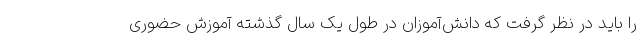
را باید در نظر گرفت که دانش‌آموزان در طول یک سال گذشته آموزش حضوری